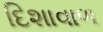
દિશાવાળ